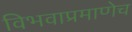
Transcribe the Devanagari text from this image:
विभवाप्रमाणेच